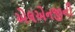
એલએનજીની